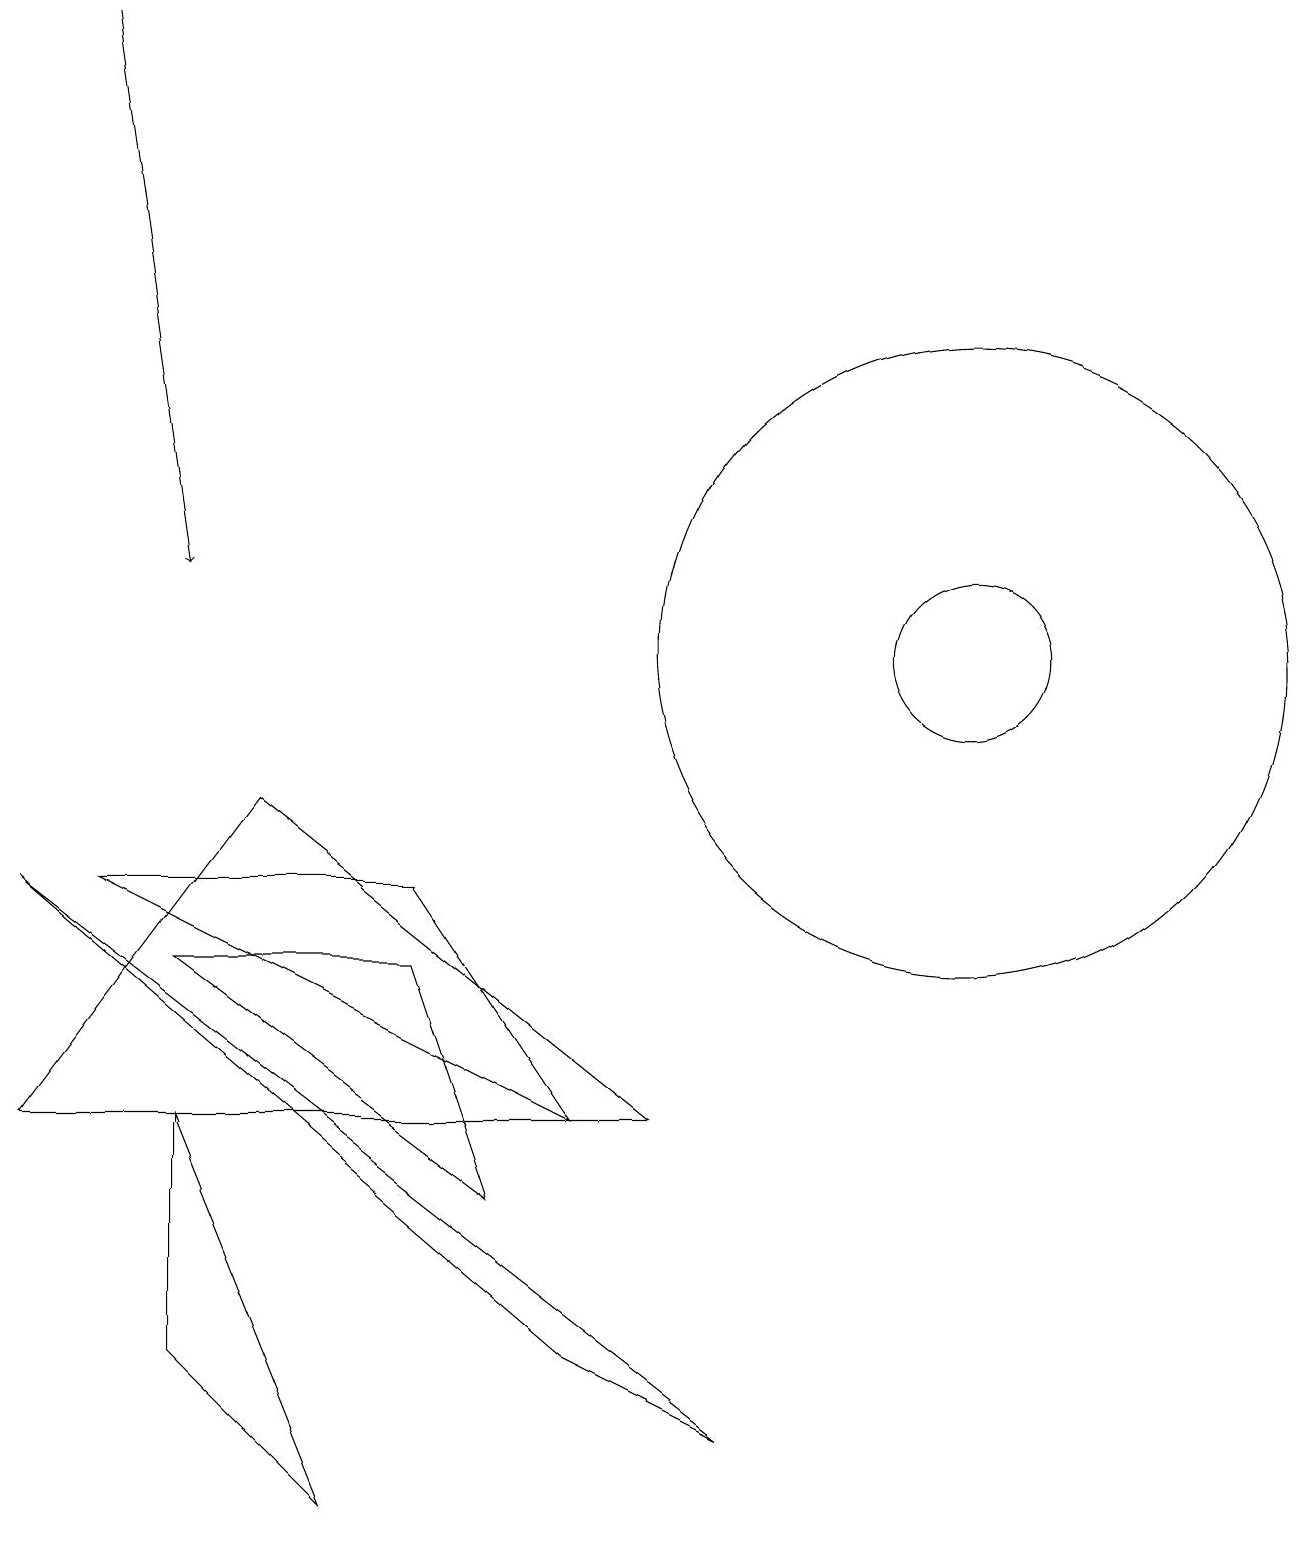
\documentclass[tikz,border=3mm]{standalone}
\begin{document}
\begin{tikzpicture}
\draw[->] (1,19) -- (2,12);
\draw (2,5) -- (4,0) -- (2,2) -- cycle;
\draw (12,11) circle (4);
\draw (9,1) -- (0,8) -- (7,2) -- cycle;
\draw (3,9) -- (8,5) -- (0,5) -- cycle;
\draw (12,11) circle (1);
\draw (5,7) -- (2,7) -- (6,4) -- cycle;
\draw (1,8) -- (5,8) -- (7,5) -- cycle;
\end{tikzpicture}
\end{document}